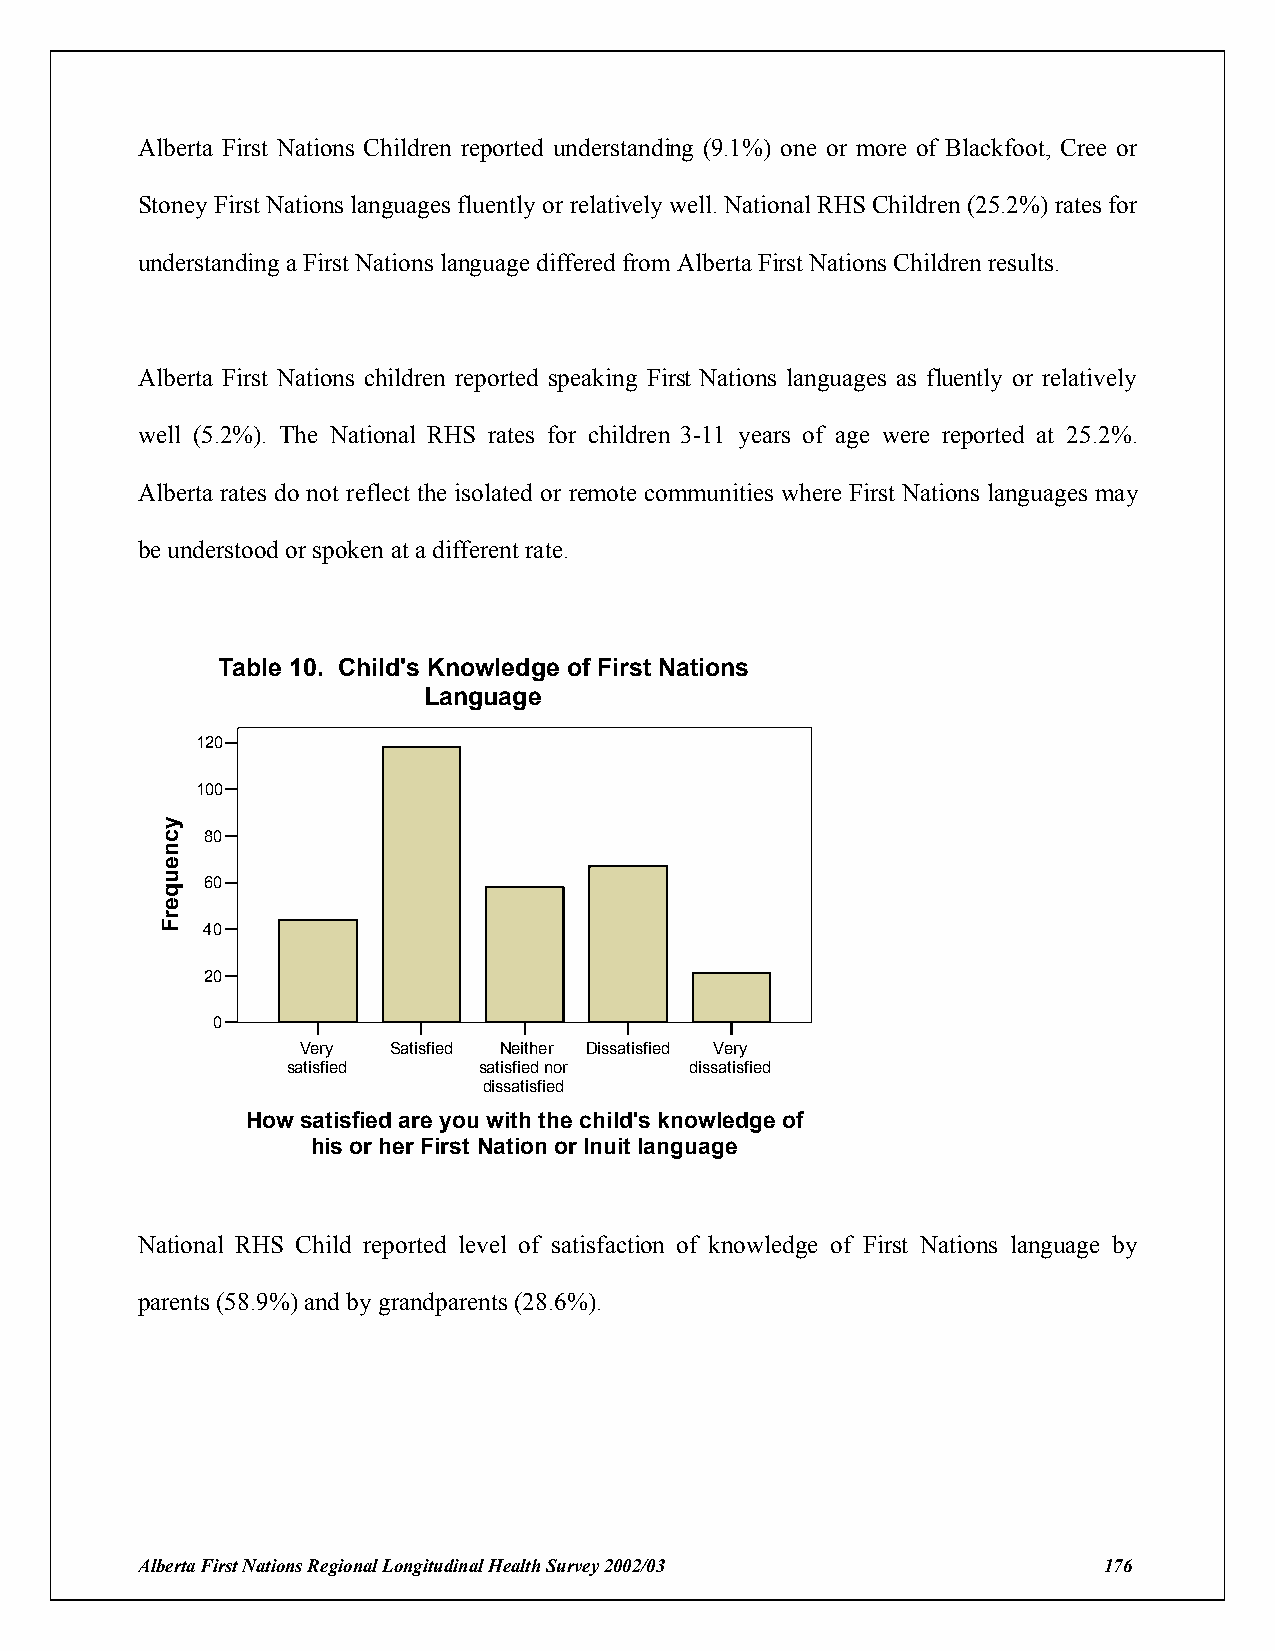
Alberta First Nations Children reported understanding (9.1%) one or more of Blackfoot, Cree or
 Stoney First Nations languages fluently or relatively well. National RHS Children (25.2%) rates for
 understanding a First Nations language differed from Alberta First Nations Children results.
 Alberta First Nations children reported speaking First Nations languages as fluently or relatively
 well (5.2%). The National RHS rates for children 3-11 years of age were reported at 25.2%.
 Alberta rates do not reflect the isolated or remote communities where First Nations languages may
 be understood or spoken at a different rate.
 Table 10. Child's Knowledge of First Nations
 Language
 120
 100
 80
 60
 40
 20
 0
 Very  Satisfied Neither Dissatisfied Very
 satisfied    satisfied nor dissatisfied
 dissatisfied
 How satisfied are you with the child's knowledge of
 his or her First Nation or Inuit language
 National RHS Child reported level of satisfaction of knowledge of First Nations language by
 parents (58.9%) and by grandparents (28.6%).
 Alberta First Nations Regional Longitudinal Health Survey 2002/03 176
 ycneuqerF